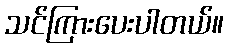
သင်ကြားပေးပါတယ်။